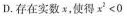
D.存在实数x，使得x^{2}<0